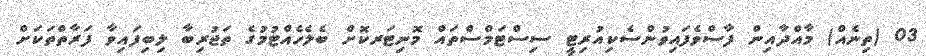
03 (ތިނެއް) މާއްދާއިން ފާސްވެފައިވުންސެކިއުރިޓީ ސިސްޓަމްސްތައް މޮނިޓަރކޮށް ބެލެހެއްޓުމުގެ ތަޖުރިބާ ލިބިފައިވާ ފަރާތްތަކަށް